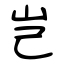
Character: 岂